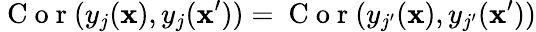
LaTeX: \mathrm{~C~o~r~}(y_{j}(\mathbf x),y_{j}(\mathbf x^{\prime}))=\mathrm{~C~o~r~}(y_{j^{\prime}}(\mathbf x),y_{j^{\prime}}(\mathbf x^{\prime}))